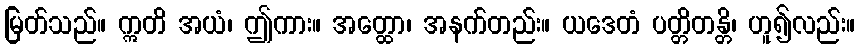
မြတ်သည်။ ဣတိ အယံ၊ ဤကား။ အတ္ထော၊ အနက်တည်း။ ယဒေတံ ပတ္တိတန္တိ၊ ဟူ၍လည်း။